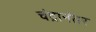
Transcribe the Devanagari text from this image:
चंद्रानंतर